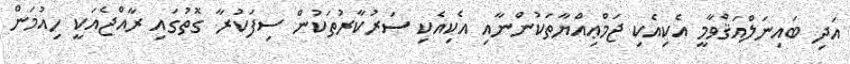
އަދި ބައިނަލްއަޤްވާމީ އެކިއެކި ޖަމްޢިއްޔާތަކުންނާއި އެކިއެކި ސަރުކާރުތަކުން ސިފަކުރާ ގޮތުގައި ރާއްޖެއަކީ ހިއުމަން